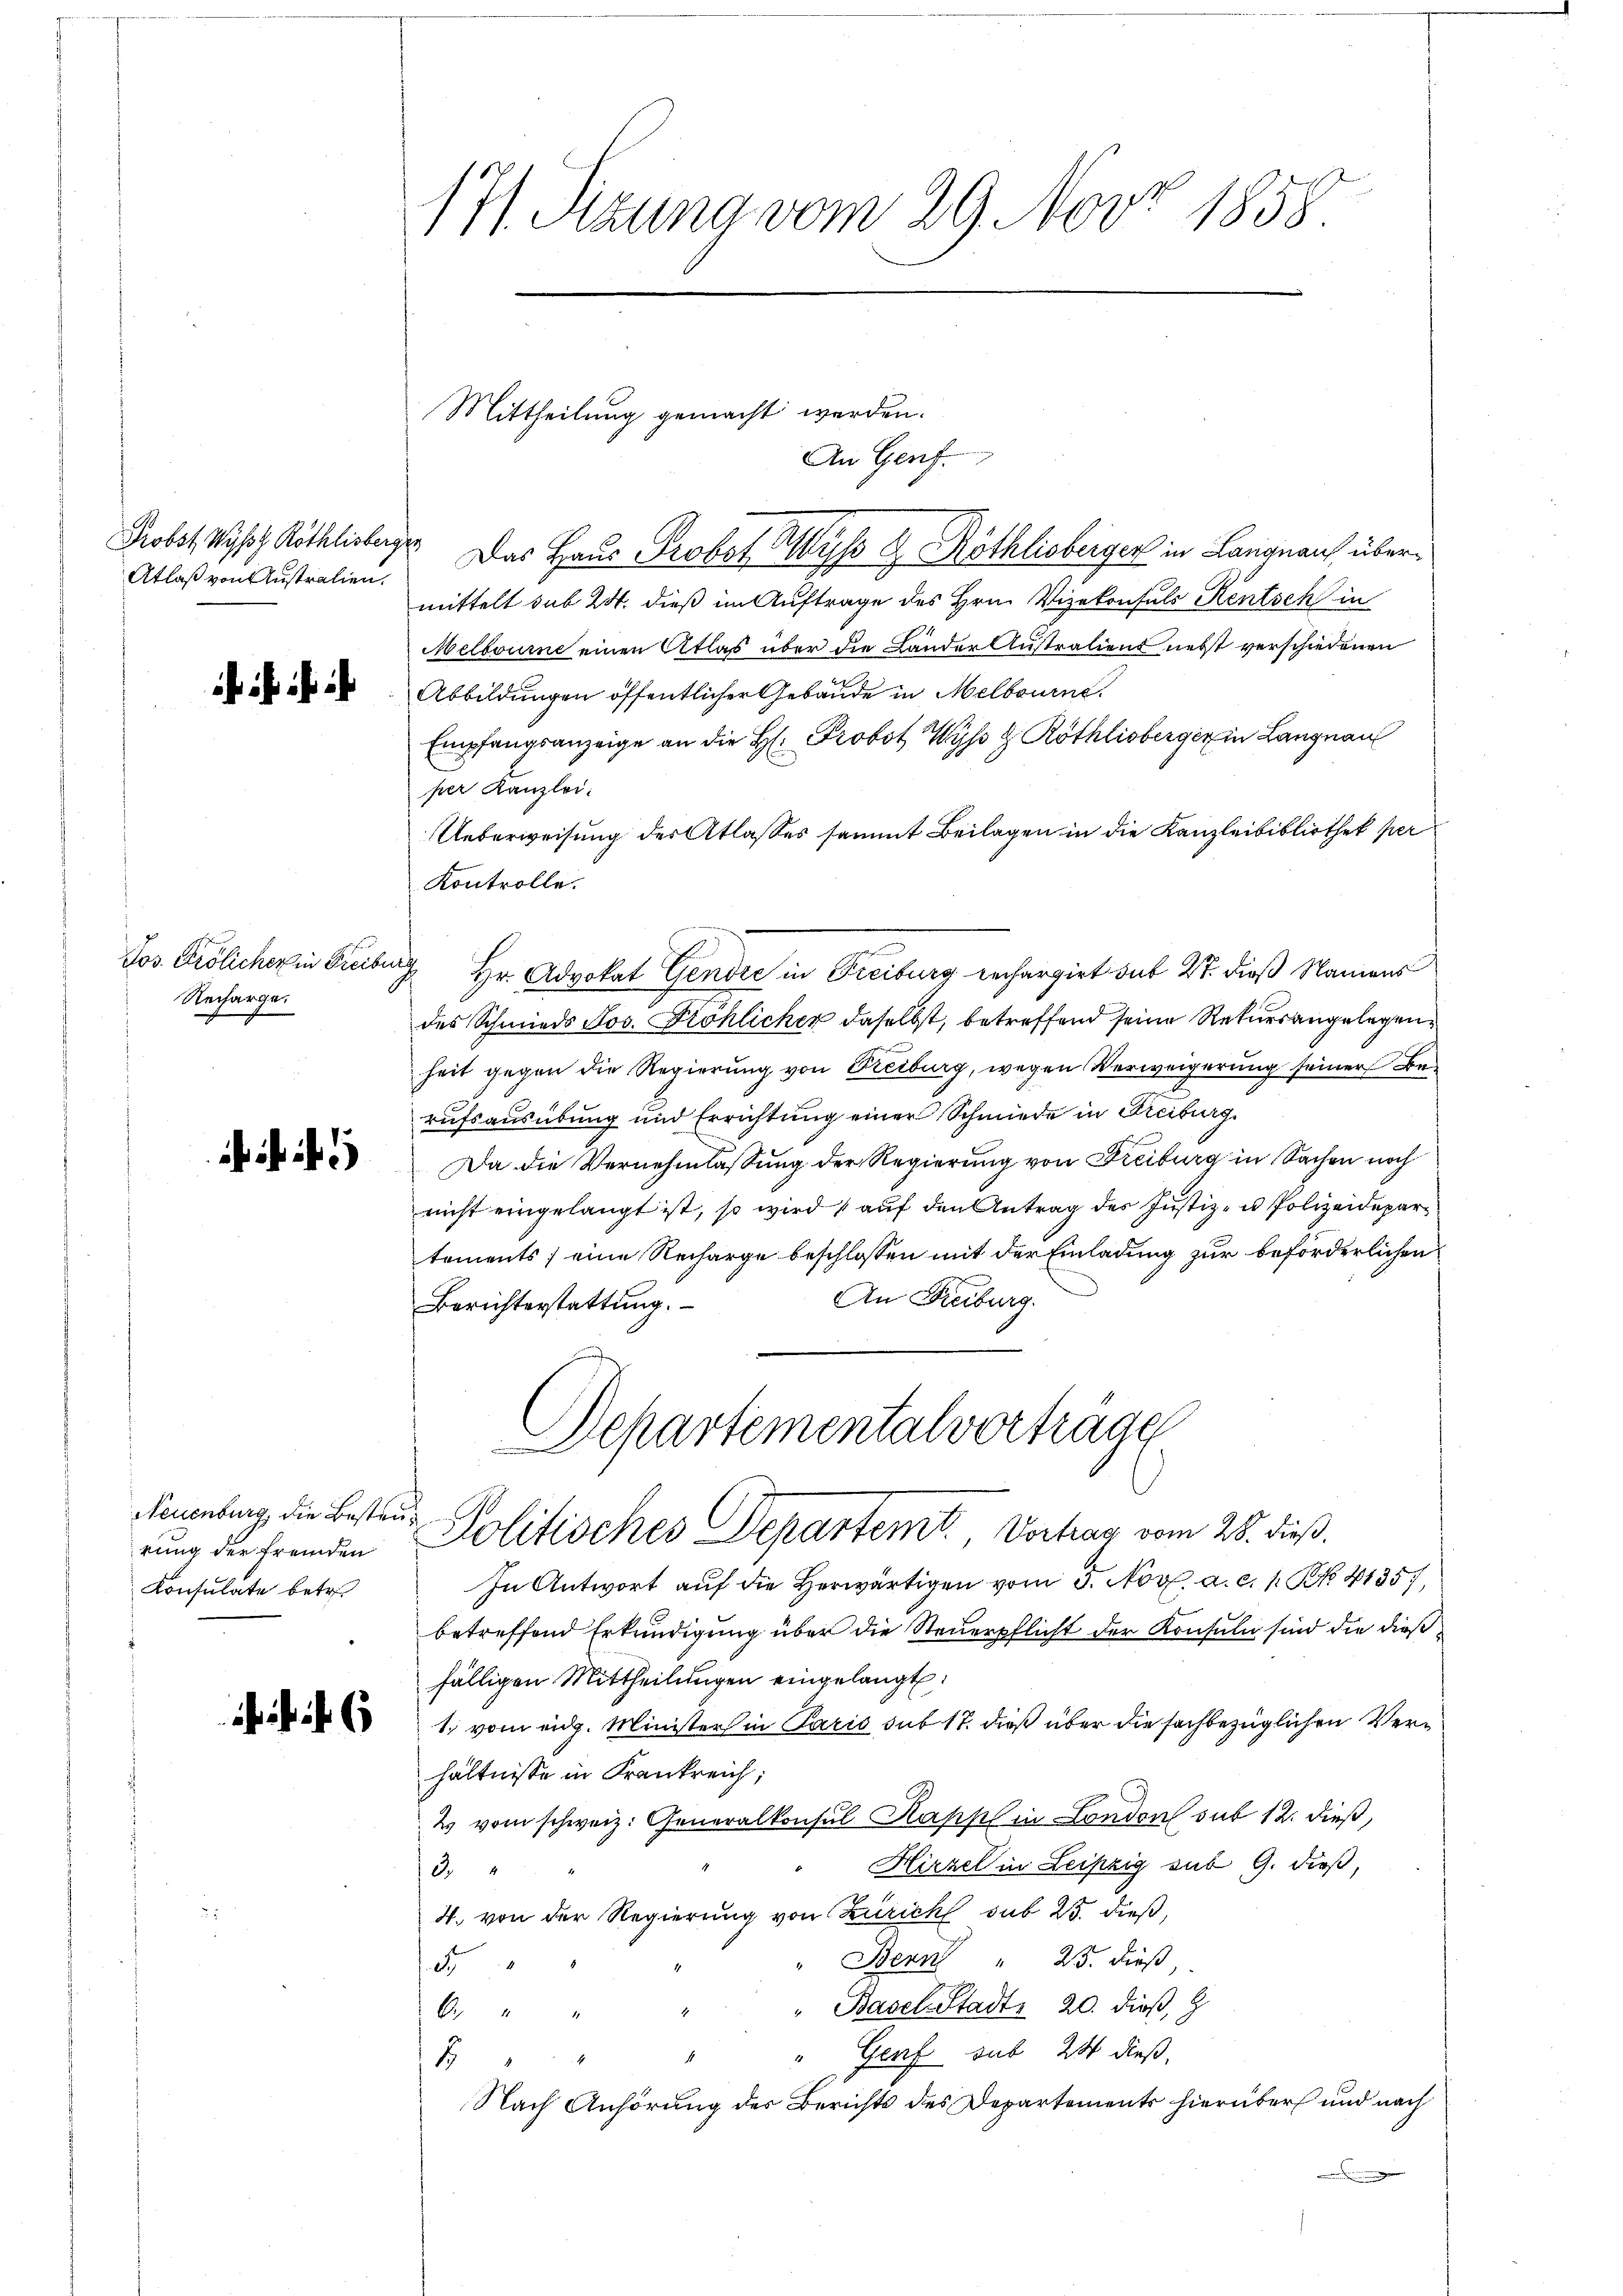
Atlaß von Anstralien.

ihr ihr

Jos. Frölicher in Freiburg
Recharge.
x

Neuenburg, die Besteurung der fremden
Konsulate betr.

171. Sitzung vom 29. Nov. 1858.

Mittheilung gemacht werden.

Probst Wyss Röthlisberg. Das Haus Probot Wyss Gr. Röthlisberger in Langnauch übermittelt sub 24. dieß im Auftrage des Hrn. Vizekonsuls Rentsch in
Melbourne einen Atlas über die Lander Austration nebst verschiedenen
Abbildungen öffentlicher Gebäude in Melbourne
Empfangsanzeige an die H. Probst Wyß & Röthlisberger in Langnau
per Kanzlei.
Ueberweisung der Atlasses sammt Beilagen in die Kanzleibibliothek per
Kontrolle.
Hr. Advokat Gendre in Freiburg rechargirt das 27. dieß Namens
des Schmieds Jos. Fröhlicher daselbst, betreffend seine Rekursangelegen
heit gegen die Regierung von Freiburg, wegen Verweigerung seiner Be-
rufsausübung und Errichtung einer Schmiede in Freiburg
Da die Vernehmlassung der Regierung von Freiburg in Sachen noch
nicht eingelangt ist, so wird auf den Antrag des Justiz- u Polizeidepartements eine Recharge beschlossen mit der Einladung zur beförderlichen
An Freiburg.
Berichterstattung.
Departementalvorträge

An Genf.

Politisches Departem Vortrag vom 28. dieß.

In Antwort auf die herwärtigen vom 3. Nov. a. c. 1 S. 4135),
betreffend Erkundigung über die Steuerpflicht der Konsula sind die dießfälligen Mittheilungen eingelangt
1. vom eidg. Minister in Paris sub 17. dieß über die sachbezüglichen Verhältnisse in Frankreich;
2 vom schweiz. Generalkonsul Kapsel in Landon sub 12. dieß,
Hirzel in Leipzig sub 9. dieß,
d
4. von der Regierung von Zürich sub 25. dieß,
" Bern " 23. dieß,
2.
" Basel-Stadtz 20. dieß,
"
" Genf sub 24 dieß,
4
4
18
Nach Anhörung des Berichts des Departements hierüber und nach